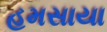
હમસાયા